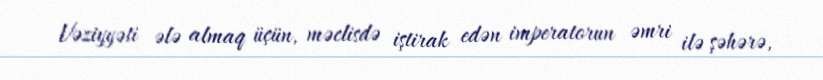
Vəziyyəti ələ almaq üçün, məclisdə iştirak edən imperatorun əmri ilə şəhərə,